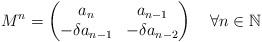
LaTeX: \begin{align*}M^n=\begin{pmatrix}a_n & a_{n-1} \\-\delta a_{n-1} & -\delta a_{n-2}\end{pmatrix}~~~ \forall n \in \mathbb{N}\end{align*}